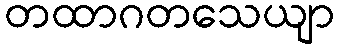
တထာဂတသေယျာ